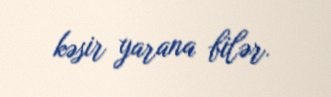
kəsir yarana bilər.